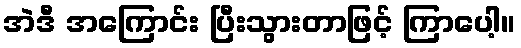
အဲဒီ အကြောင်း ပြီးသွားတာဖြင့် ကြာပေါ့။